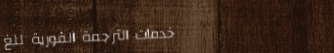
خدمات الترجمة الفورية للغ